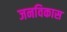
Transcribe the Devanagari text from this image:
जनविकास